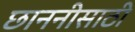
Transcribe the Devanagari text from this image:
छाननीसाठी